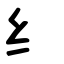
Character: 纟